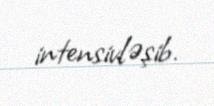
intensivləşib.